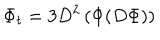
LaTeX: \Phi _ { t } = 3 D ^ { 2 } \left( \Phi ( D \Phi ) \right)